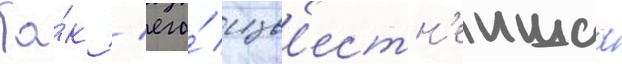
Та́к / его́ изв'естн'еишаа